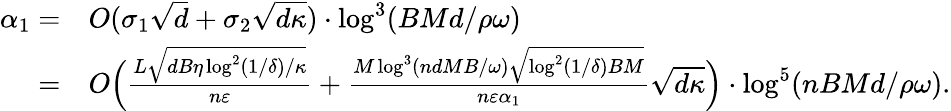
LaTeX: \begin{array}{rl}{\alpha_{1}=}&{O(\sigma_{1}\sqrt{d}+\sigma_{2}\sqrt{d\kappa})\cdot\log^{3}(BMd/\rho\omega)}\\ {=}&{O\Big(\frac{L\sqrt{dB\eta\log^{2}(1/\delta)/\kappa}}{n\varepsilon}+\frac{M\log^{3}(ndMB/\omega)\sqrt{\log^{2}(1/\delta)BM}}{n\varepsilon\alpha_{1}}\sqrt{d\kappa}\Big)\cdot\log^{5}(nBMd/\rho\omega).}\end{array}